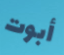
أبوت